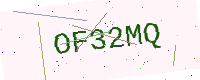
Text: OF32MQ